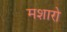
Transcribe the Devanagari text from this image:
मशारो